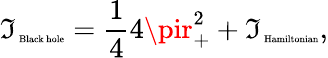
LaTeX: \mathfrak{I}_{\mathrm{{\tiny~Black~hole}}}=\frac{{1}}{{4}}4\pir_{+}^{2}+\mathfrak{I}_{\mathrm{{\tiny~Hamiltonian}}},